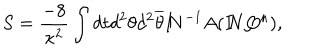
S = \frac { - 8 } { \kappa ^ { 2 } } \int d t d ^ { 2 } \theta d ^ { 2 } \overline { { { \theta } } } { I \! \! N } ^ { - 1 } A ( { I \! \! N } { \bf Q } ^ { \mu } ) ,